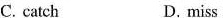
C. catch D. miss